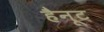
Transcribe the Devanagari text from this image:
हैनूट